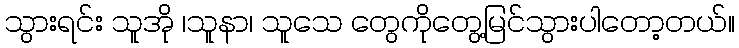
သွားရင်း သူအို ၊သူနာ၊ သူသေ တွေကိုတွေ့မြင်သွားပါတော့တယ်။